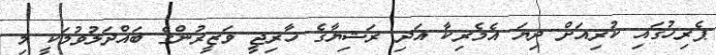
ޕެރިހުގައި ކުރިއަށް ދިޔަ އެމެރިކާ އަދި ރަޝިޔާގެ ހާރިޖީ ވަޒީރުންގެ ބައްދަލުވުމަކީ މި